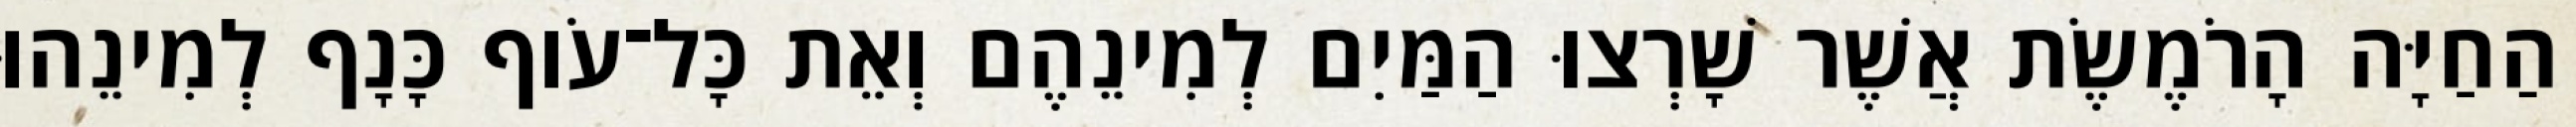
הַחַיָּה הָרֹמֶשֶׂת אֲשֶׁר שָׁרְצוּ הַמַּיִם לְמִינֵהֶם וְאֵת כָּל־עֹוף כָּנָף לְמִינֵהוּ